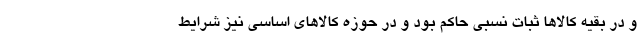
و در بقیه کالاها ثبات نسبی حاکم بود و در حوزه کالاهای اساسی نیز شرایط